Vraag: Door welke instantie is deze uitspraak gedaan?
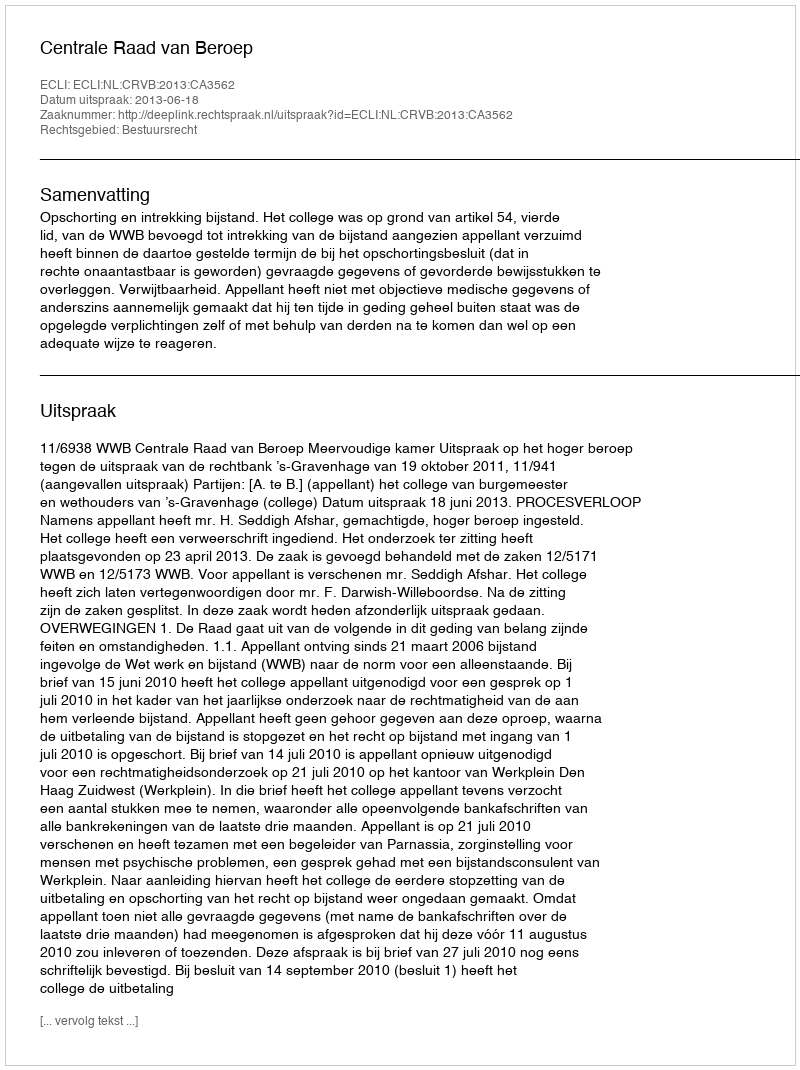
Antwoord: Centrale Raad van Beroep